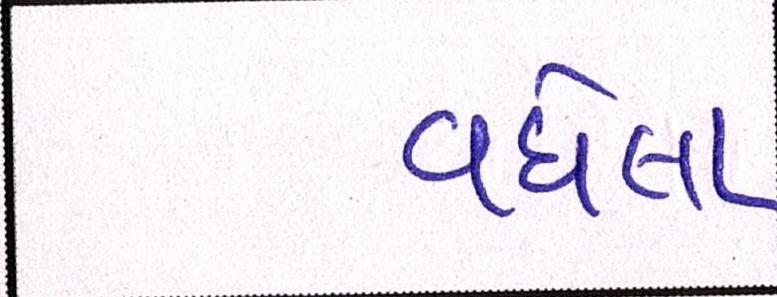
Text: વધેલા